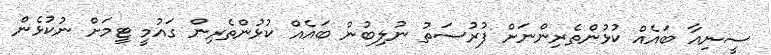
ސީނިއާ ބައެއް ކުޅުންތެރިންނަށް ފުރުސަތު ނުލިބުން ބައެއް ކުޅުންތެރިން ގައުމީ ޓީމަށް ނުކުޅެން